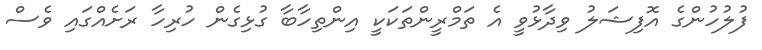
ފުލުހުންގެ އޮފިޝަލު ވިދާޅުވީ އެ ތަމްރީންތަކަކީ އިންތިހާބާ ގުޅިގެން ހުރިހާ ރަށެއްގައި ވެސް